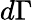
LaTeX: d\Gamma